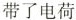
带了电荷